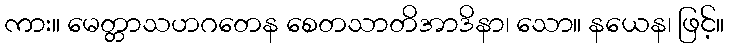
ကား။ မေတ္တာသဟဂတေန စေတသာတိအာဒိနာ၊ သော။ နယေန၊ ဖြင့်။